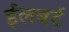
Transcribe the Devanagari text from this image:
ईलबर्ट